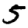
Digit: 5